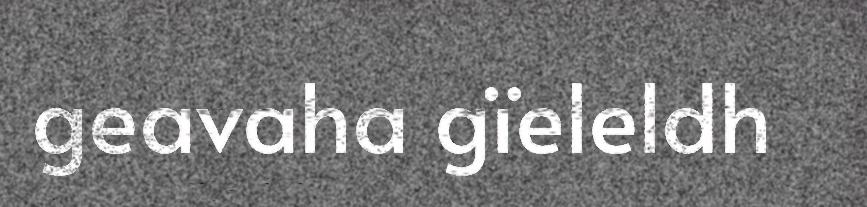
geavaha gïeleldh